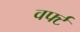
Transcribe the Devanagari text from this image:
वर्फ्ट